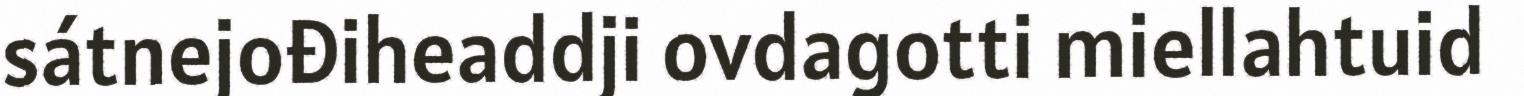
sátnejođiheaddji ovdagotti miellahtuid